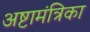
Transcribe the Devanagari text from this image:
अष्टामंत्रिका